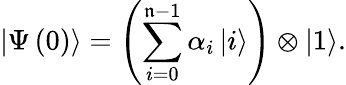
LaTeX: \left|\Psi\left(0\right)\right\rangle=\left(\sum_{i=0}^{\mathfrak{n}-1}\alpha_{i}\left|i\right\rangle\right)\otimes\left|1\right\rangle.